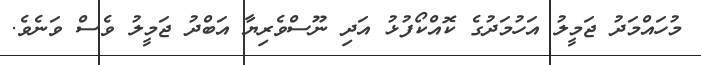
މުހައްމަދު ޖަމީލު އަހުމަދުގެ ކޮއްކޯފުޅު އަދި ނޫސްވެރިޔާ އަބްދު ޖަމީލު ވެސް ވަނެވެ.